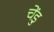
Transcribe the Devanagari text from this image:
चेंडु